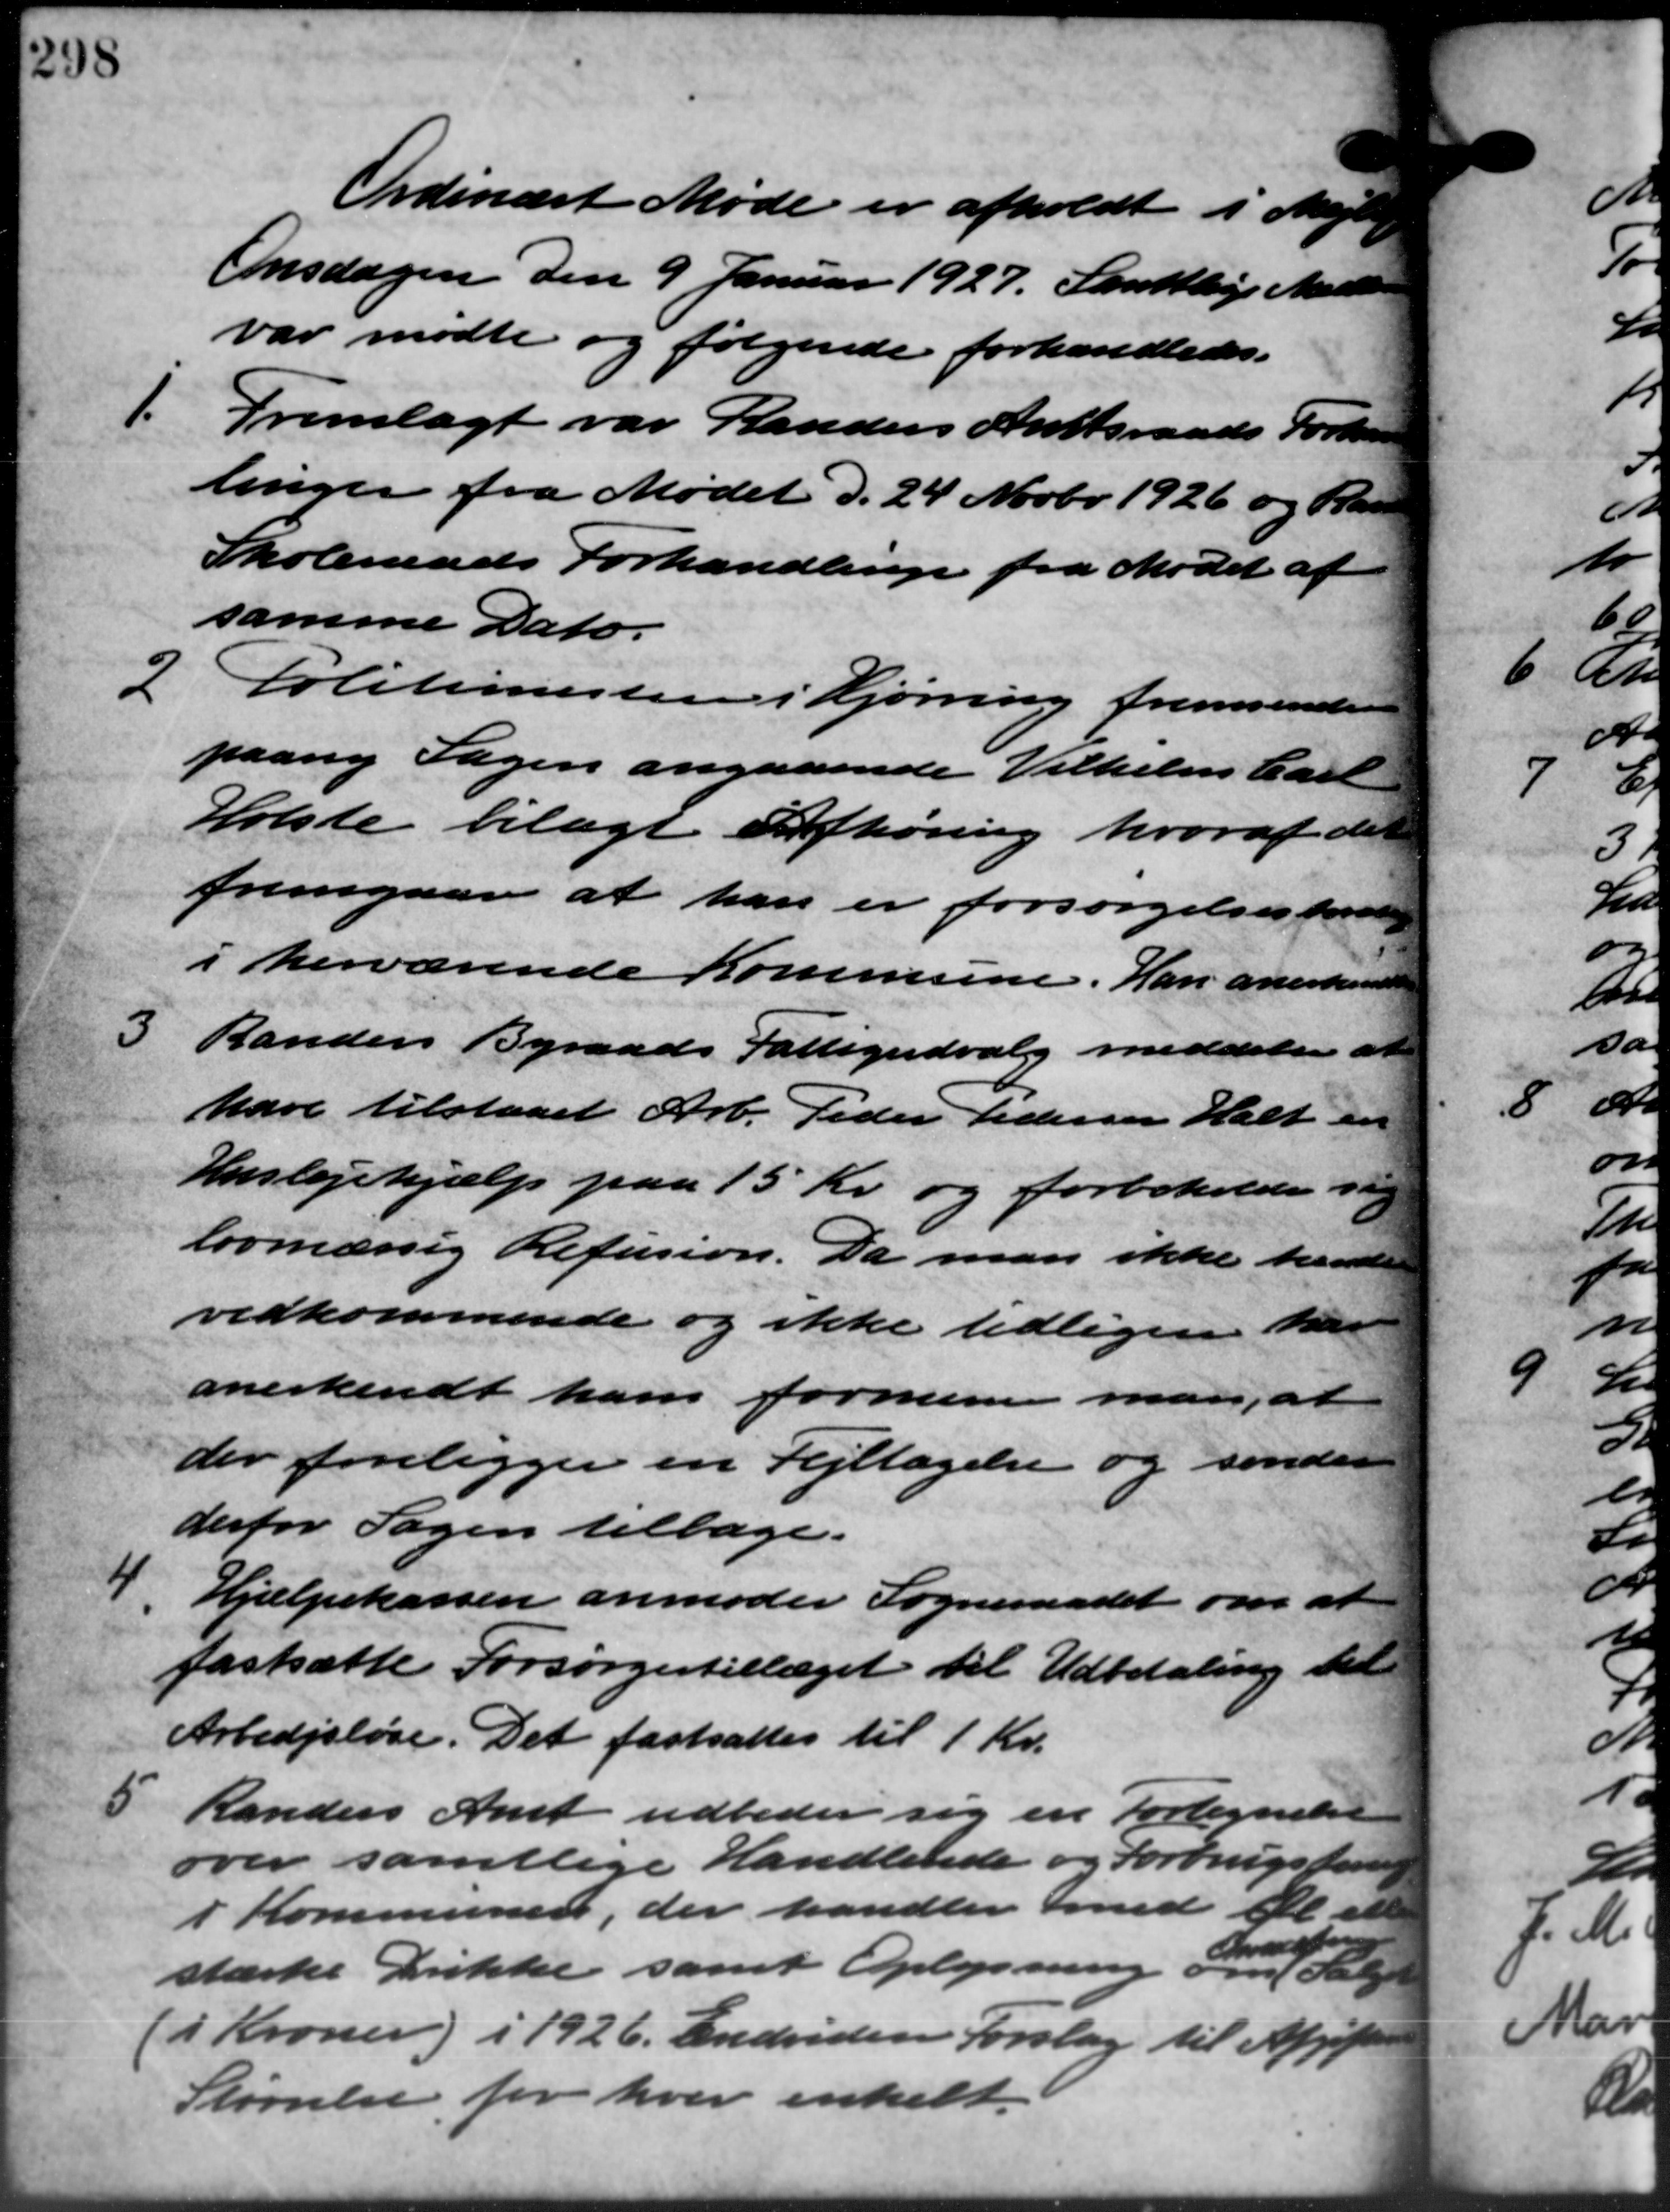
Transskription:
Ordinært Møde er afholdt i Mejlby
Onsdagen den 9 Januar 1927. Samtlige Medlemm
var mødte og følgende forhandledes.
1.
Fremlagt var Randers Amtsraads Forhand
linger fra Mødet d. 24 Novbr. 1926 og Ran
Skoleraads Forhandlinge fra Mødet af
samme Dato.
2
Politimesteren i Hjørring fremsender
paany Sagen angaaende Vilhelm Carl
Holste bilagt Afhøring hvoraf det
fremgaar at han er forsørgelsesbered
i herværende Kommune. Han anerkende
3 Randers Byraads Fattigudvalg meddeler at
3 Randers Byraads Fattigudvalg meddeler at
have tilstaaet Arb. Peder Pedersen Halt en
Huslejehjælp paa 15 Kr. og forbeholde sig
lovmæssig Refusion. Da man ikke hende
vedkommende og ikke tidligere kan
anerkendt ham formener man at
der foreligger en Fejltagelse og sender
derfor Sagen tilbage.
4. Hjælpekassen anmoder Sogneraadet om at
4. Hjælpekassen anmoder Sogneraadet om at
fastsætte Forsørgestillæget til Udbetaling til
Arbedsløse. Det fastsattes til 1 Kr.
5 Randers Amt udbeder sig en Fortegnelse
5 Randers Amt udbeder sig en Fortegnelse
over samtlige Handlende og Forbrugsfor
i Kommunen, der handler med at el
stærke Drikke samt Oplysning om Salge
(i Kroner) i 1926. Endvidere forslag til Afgiftern
Størrelse for hver enkelt.